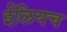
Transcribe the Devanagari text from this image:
ईलियच